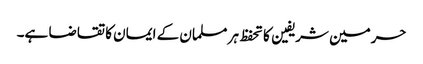
حرمین شریفین کا تحفظ ہر مسلمان کے ایمان کا تقاضا ہے۔